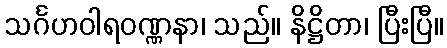
သင်္ဂဟဝါရဝဏ္ဏနာ၊ သည်။ နိဋ္ဌိတာ၊ ပြီးပြီ။